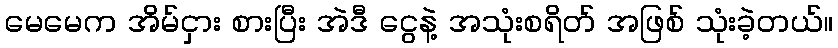
မေမေက အိမ်ငှား စားပြီး အဲဒီ ငွေနဲ့ အသုံးစရိတ် အဖြစ် သုံးခဲ့တယ်။